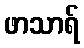
ဖာသာရ်